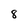
Character: 8